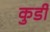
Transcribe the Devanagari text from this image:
कुर्डी